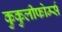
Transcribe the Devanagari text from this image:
कुकुलीफोर्म्स